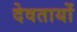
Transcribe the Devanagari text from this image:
देवतायों